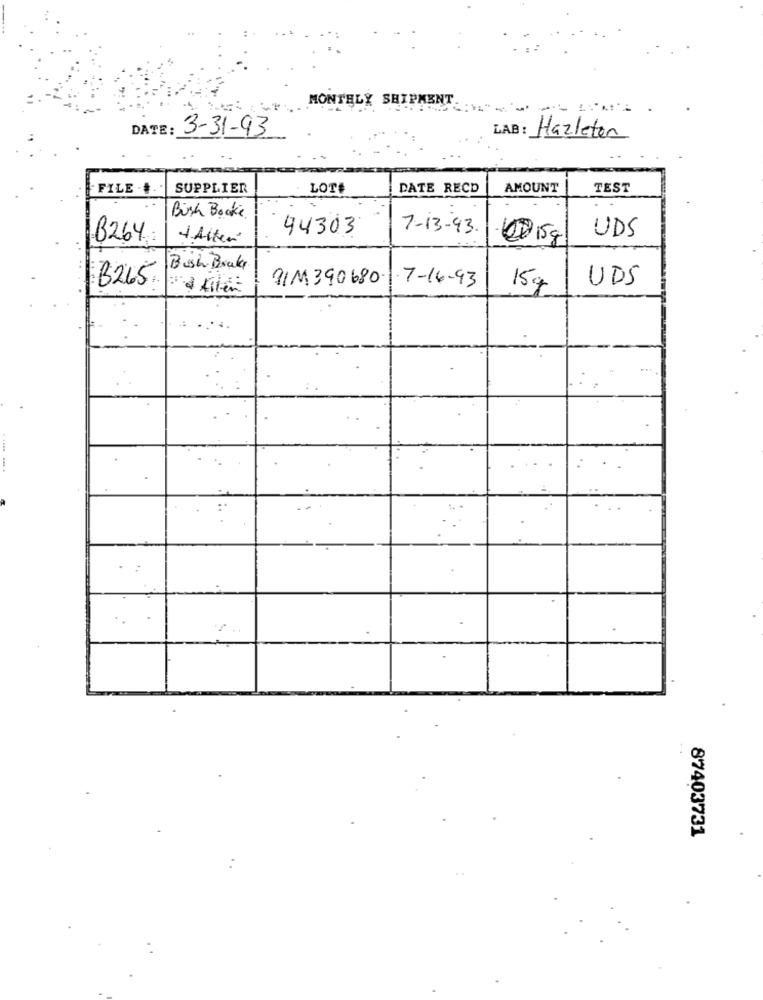
MONTHLY SHIPMENT.
=====-=
DATE: 3-31-93
LAB : Hazleton
FILE .+.
SUPPLIER
LOT#
DATE RECD
AMOUNT
TEST
Bush Booke.
94303
7-13-43.
UDS
B264.
4. Atten
4 .5g
Bush Bruke
PIM 390680.
·7-16-93
UDS
B265
15g
87403731